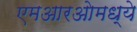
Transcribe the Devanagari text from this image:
एमआरओमध्ये